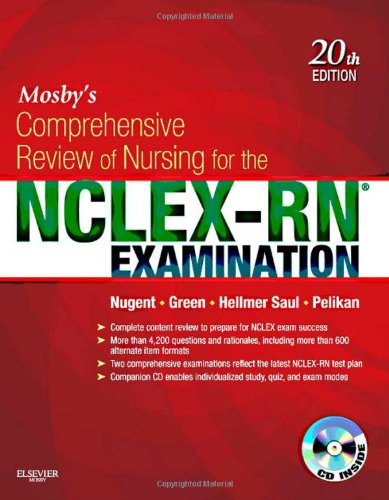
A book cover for Mosby's Comprehensive Review of Nursing for the NCLEX-RNÂ® Examination, 20e (Mosby's Comprehensive Review of Nursing for Nclex-Rn); Patricia M. Nugent RN  AAS  BS  MS  EdM  EdD; Test Preparation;